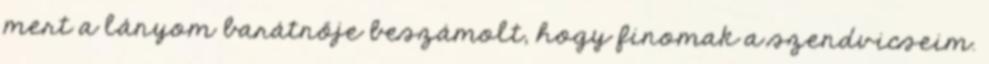
mert a lányom barátnője beszámolt, hogy finomak a szendvicseim.